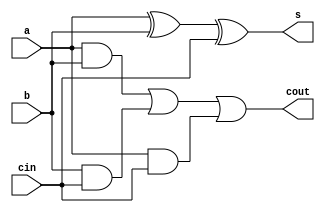
`timescale 1ns / 1ps
//////////////////////////////////////////////////////////////////////////////////
// Company: 
// Engineer: 
// 
// Design Name: 
// Module Name:    fa_df 
// Project Name: 
// Target Devices: 
// Tool versions: 
// Description: 
//
// Dependencies: 
//
// Revision: 
// Revision 0.01 - File Created
// Additional Comments: 
//
//////////////////////////////////////////////////////////////////////////////////
module fa_df(a,b,cin,s,cout);
input a,b,cin;
output cout,s;
assign s=a^b^cin;
assign cout=(a&b)|(b&cin)|(a&cin);


endmodule